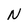
Character: N